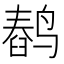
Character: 𬸥